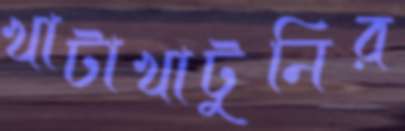
খাটাখাটুনির